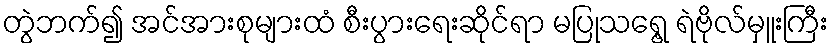
တွဲဘက်၍ အင်အားစုများထံ စီးပွားရေးဆိုင်ရာ မပြုသရွေ့ ရဲဗိုလ်မှူးကြီး